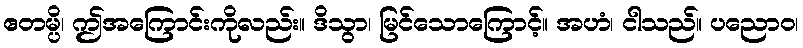
ဧတမ္ပိ၊ ဤအကြောင်းကိုလည်း။ ဒိသွာ၊ မြင်သောကြောင့်။ အဟံ၊ ငါသည်။ ပညောဝ၊